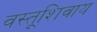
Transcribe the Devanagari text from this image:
वस्तूशिवाय